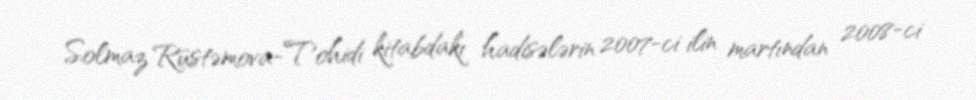
Solmaz Rüstəmova-Tohidi kitabdakı hadisələrin 2007-ci ilin martından 2008-ci